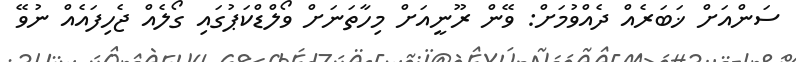
ސަންއަށް ޚަބަރެއް ދެއްވުމަށް: ވޭން ރޫނީއަށް މިހާތަނަށް ވޯލްޑްކަޕުގައި ގޯލެއް ޖެހިފައެއް ނުވޭ